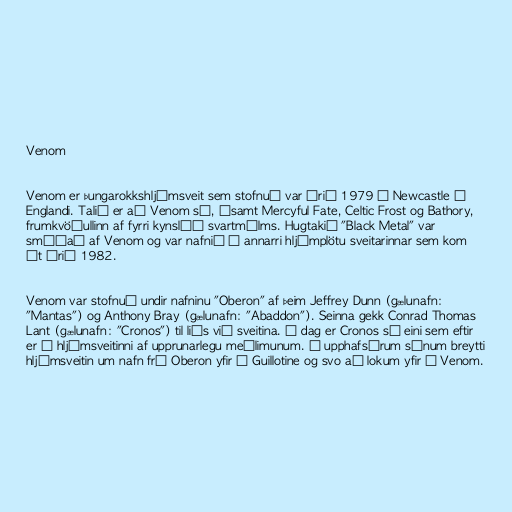
Venom

Venom er þungarokkshljómsveit sem stofnuð var árið 1979 í Newcastle í
Englandi. Talið er að Venom sé, ásamt Mercyful Fate, Celtic Frost og Bathory,
frumkvöðullinn af fyrri kynslóð svartmálms. Hugtakið "Black Metal" var
smíðað af Venom og var nafnið á annarri hljómplötu sveitarinnar sem kom
út árið 1982.

Venom var stofnuð undir nafninu "Oberon" af þeim Jeffrey Dunn (gælunafn:
"Mantas") og Anthony Bray (gælunafn: "Abaddon"). Seinna gekk Conrad Thomas
Lant (gælunafn: "Cronos") til liðs við sveitina. Í dag er Cronos sá eini sem eftir
er í hljómsveitinni af upprunarlegu meðlimunum. Á upphafsárum sínum breytti
hljómsveitin um nafn frá Oberon yfir í Guillotine og svo að lokum yfir í Venom.